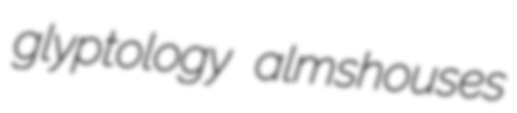
glyptology almshouses